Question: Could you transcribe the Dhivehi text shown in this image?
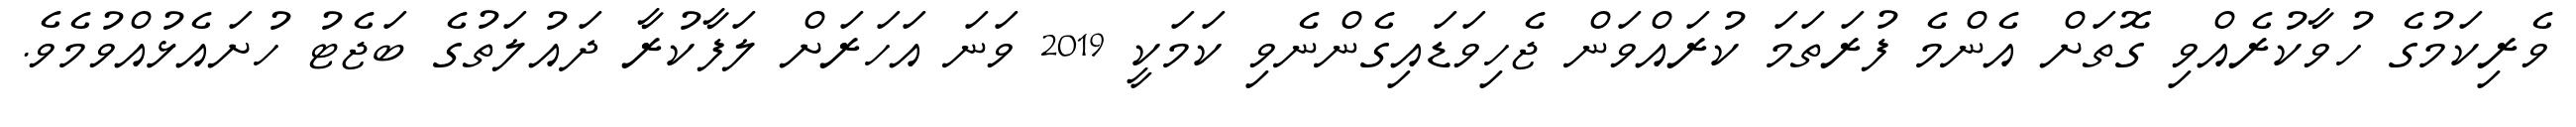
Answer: ވެރިކަމުގެ ހުވާކުރެއްވި ގޮތަށް އެންމެ ފުރަތަމަ ކުރައްވަން ޖެހިވަޑައިގެންނެވި ކަމަކީ 2019 ވަނަ އަހަރަށް ލަފާކުރާ ދައުލަތުގެ ބަޖެޓު ހުށައެޅުއްވުމެވެ.